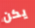
يكن